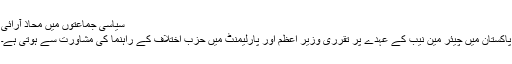
سیاسی جماعتوں میں محاذ آرائی
پاکستان میں چیئر مین نیب کے عہدے پر تقرری وزیر اعظم اور پارلیمنٹ میں حزب اختلاف کے راہنما کی مشاورت سے ہوتی ہے۔